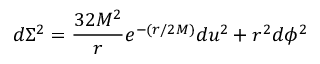
d \Sigma ^ { 2 } = \frac { 3 2 M ^ { 2 } } { r } e ^ { - ( r / 2 M ) } d u ^ { 2 } + r ^ { 2 } d \phi ^ { 2 }